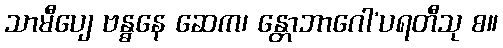
သာမီပျေ ဗန္ဓနေ ဆေက၊ န္တောဘာဂေါ’ပရတီသု စ။